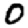
Digit: 0